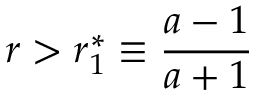
r > r _ { 1 } ^ { * } \equiv \frac { a - 1 } { a + 1 }